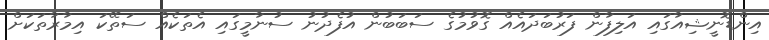
އިންޑޮނީޝިއާގައި އަލިފާން ފަރުބަދައެއް ގޮވުމުގެ ސަބަބުން އުފެދުނު ސުނާމީގައި އެތަކެއް ސަތޭކަ އިމާރާތަކަށް